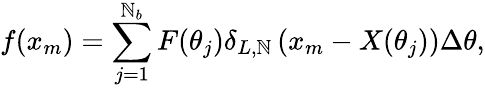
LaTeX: f(x_{m})=\sum_{j=1}^{\mathbb{N}_{b}}F(\theta_{j})\delta_{L,\mathbb{N}}\left(x_{m}-X(\theta_{j})\right)\Delta\theta,